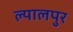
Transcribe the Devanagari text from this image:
ल्यालपुर